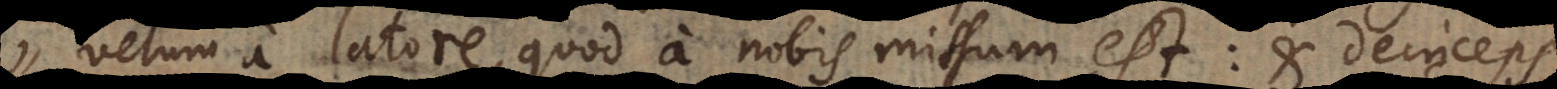
velum a latore, quod a nobis missum est: et deinceps